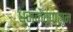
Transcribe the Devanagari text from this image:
धूमकेतूपासून